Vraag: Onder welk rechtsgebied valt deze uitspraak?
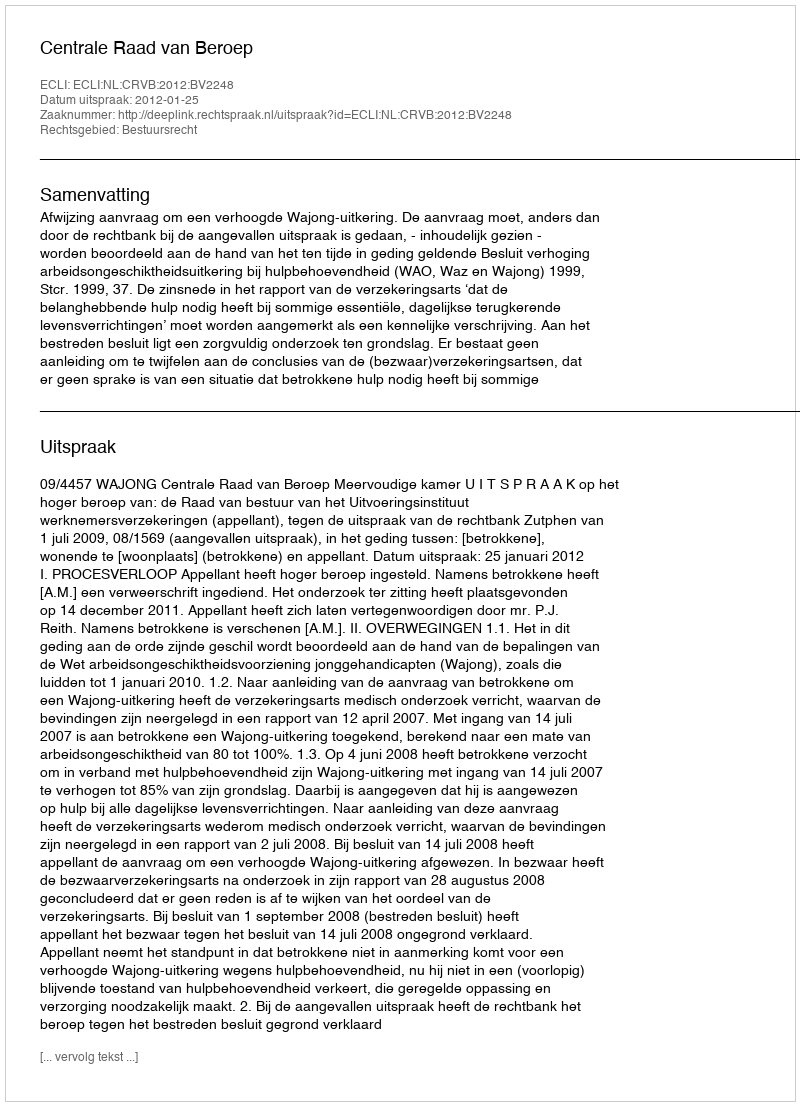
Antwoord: Bestuursrecht